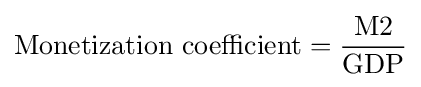
{\mbox{Monetization coefficient}}={\frac {\mbox{M2}}{\mbox{GDP}}}